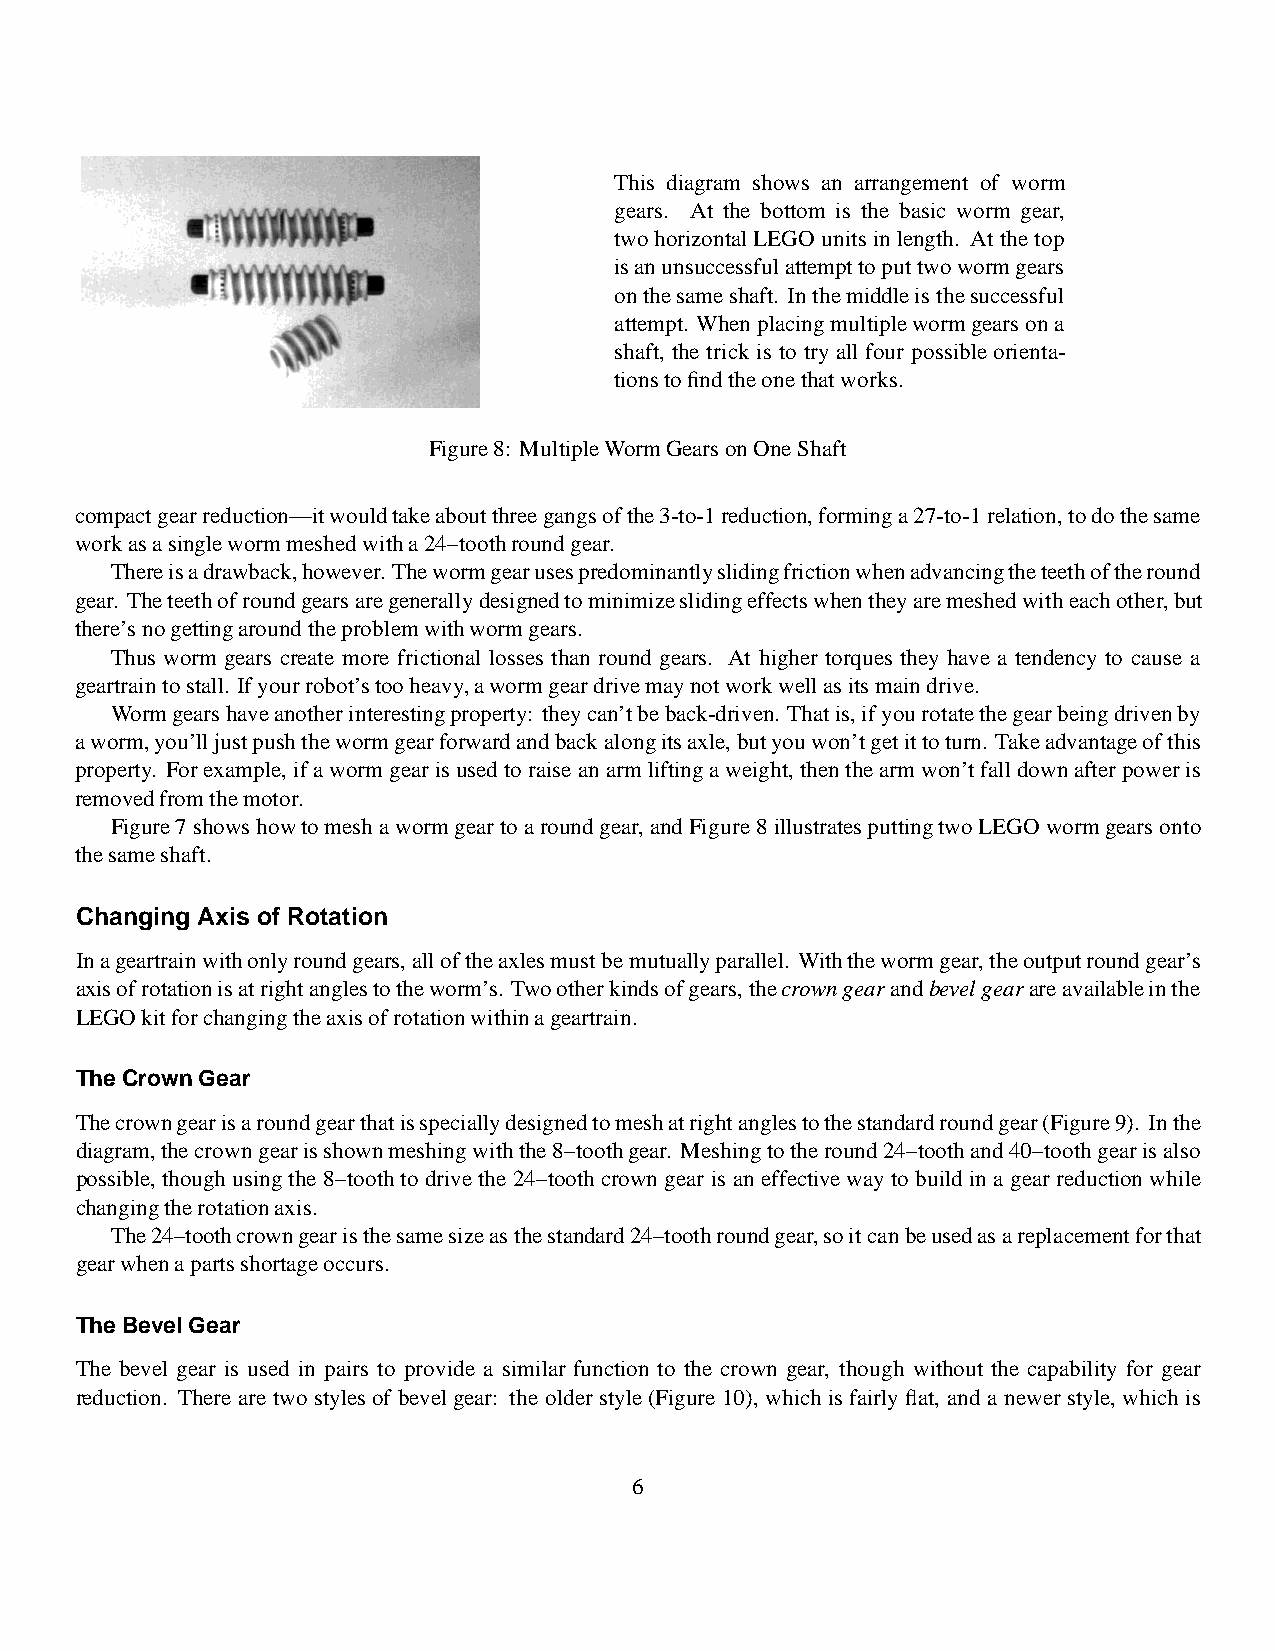
This diagram shows an arrangement of worm
 gears. At the bottom is the basic worm gear,
 twohorizontalLEGO units inlength. At the top
 isanunsuccessfulattempttoputtwowormgears
 onthesameshaft. Inthemiddleisthesuccessful
 attempt. Whenplacingmultiplewormgearsona
 shaft, the trick is to try all four possible orienta-
 tionstofindtheonethatworks.
 Figure8: MultipleWormGearsonOneShaft
 compactgearreduction—itwouldtakeaboutthreegangsofthe3-to-1reduction,forminga27-to-1relation,todothesame
 workasasinglewormmeshedwitha24–toothroundgear.
 Thereisadrawback,however. Thewormgearusespredominantlyslidingfrictionwhenadvancingtheteethoftheround
 gear. Theteethofroundgearsaregenerallydesignedtominimizeslidingeffectswhentheyaremeshedwitheachother,but
 there’snogettingaroundtheproblemwithwormgears.
 Thus worm gears create more frictional losses than round gears. At higher torques they have a tendency to cause a
 geartraintostall. Ifyourrobot’stooheavy,awormgeardrivemaynotworkwellasitsmaindrive.
 Wormgearshaveanotherinterestingproperty: theycan’tbeback-driven. Thatis,ifyourotatethegearbeingdrivenby
 aworm,you’lljustpushthewormgearforwardandbackalongitsaxle,butyouwon’tgetittoturn. Takeadvantageofthis
 property. Forexample, ifa wormgear isusedtoraise an armliftinga weight, thenthearm won’tfalldownafter poweris
 removedfromthemotor.
 Figure7showshowtomesha wormgear toaroundgear, andFigure 8illustratesputtingtwoLEGOwormgears onto
 thesameshaft.
 Changing Axis of Rotation
 Inageartrainwithonlyroundgears,alloftheaxlesmustbemutuallyparallel. Withthewormgear,theoutputroundgear’s
 axisofrotationisatrightanglestotheworm’s. Twootherkindsofgears,thecrowngearandbevelgearareavailableinthe
 LEGOkitforchangingtheaxisofrotationwithinageartrain.
 The CrownGear
 Thecrowngearisaroundgearthatisspeciallydesignedtomeshatrightanglestothestandardroundgear(Figure9). Inthe
 diagram,thecrowngearisshownmeshingwiththe8–toothgear. Meshingtotheround24–toothand40–toothgearisalso
 possible,though usingthe 8–toothto drivethe 24–toothcrowngear is an effectiveway to buildin a gear reduction while
 changingtherotationaxis.
 The24–toothcrowngearisthesamesizeasthestandard24–toothroundgear,soitcanbeusedasareplacementforthat
 gearwhenapartsshortageoccurs.
 The BevelGear
 The bevel gear is used in pairs to provide a similar function to the crown gear, though without the capability for gear
 reduction. There are two stylesof bevelgear: the older style (Figure 10), which is fairly flat, and a newer style, which is
 6